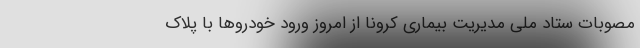
مصوبات ستاد ملی مدیریت بیماری کرونا از امروز ورود خودروها با پلاک